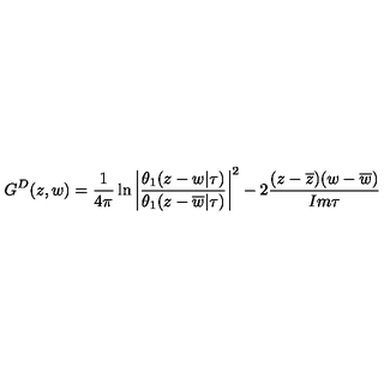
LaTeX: G ^ { D } ( z , w ) = \frac { 1 } { 4 \pi } \ln \left| \frac { \theta _ { 1 } ( z - w | \tau ) } { \theta _ { 1 } ( z - \overline { { w } } | \tau ) } \right| ^ { 2 } - 2 \frac { ( z - \overline { { z } } ) ( w - \overline { { w } } ) } { I m \tau }